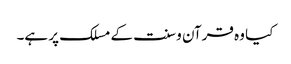
کیا وہ قرآن و سنت کے مسلک پر ہے۔